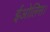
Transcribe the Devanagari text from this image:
ईओलिस।